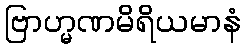
ဗြာဟ္မဏမိရိယမာနံ